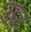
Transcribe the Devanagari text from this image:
उद्दर